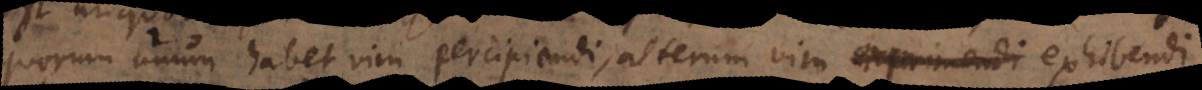
quorum unum habet vim percipiendi, alterum vim exprimendi exhibendi